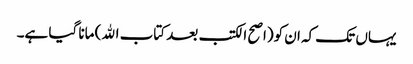
یہاں تک کہ ان کو(اصح الکتب بعد کتاب الله) مانا گیا ہے۔